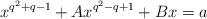
LaTeX: \begin{align*}x^{q^2+q-1}+Ax^{q^2-q+1}+Bx=a\end{align*}